Sanitation, dispensaries and jails vaccination Rajputana 1922-1927 - 1922-1927
Year: 1922
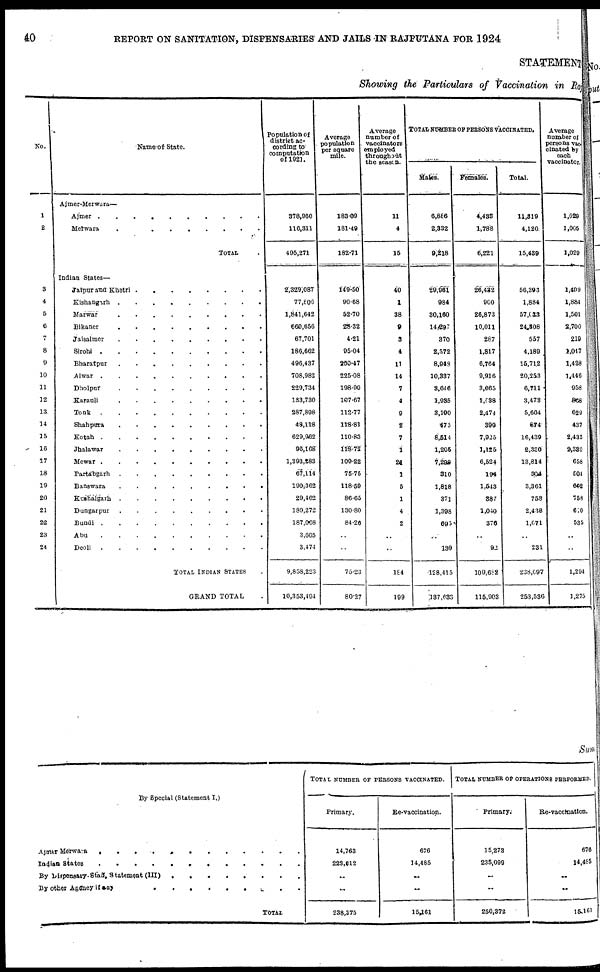
40
REPORT ON SANITATION, DISPENSARIES AND JAILS IN RAJPUTANA FOR 1924
STATEMENT
Showing the Particulars of Vaccination in Raj
No.
1
2
3
4
5
6
7
8
9
10
11
12
13
14
15
16
17
18
19
20
21
22
23
24
Name of State.
Ajmer-Merwara—
Ajmer. . . . . . . . . .
Merwara . . . . . . . .
TOTAL .
Indian States—
Jaipur and Khetri .
.
.
.
.
.
.
.
Kishangarh . . . . . . . . . .
Marwar . . . . . . . . .
Bikaner . . . . . . . . .
Jaisalmer . . . . . . . . . .
Sirohi . . . . . . . . .
Bharatpur . . . . . . . . .
Alwar . . . . . . . . . .
Dholpur . . . . . . . .
Karauli . . . . . . . . .
Tonk . . . . . . . . .
Shahpura . . . . . . . . .
Kotah . . . . . . . . .
Jhalawar . . . . . . . . .
Mewar . . . . . . . . .
Parthbgarh . . . . . . . . . . . .
Banswara . . . . . . . . . .
Kushalgarh . . . . . . . . ..
Dungarpur . . . . . . . . . . . . .
Bundi . . . . . . . . . . .
Abu . . . . . . . . .
Deoli . . . . . . . . .
TOTAL INDIAN STATES .
GRAND TOTAL .
Population of
district ac-
cording to
computation
of 1921.
378,960
116,311
495,271
2,329,087
77,806
1,841,642
660,656
67,701
186,662
496,437
708,982
229,734
133,730
287,898
48,118
629,962
96,168
1,393,283
67,114
190,362
29,462
189,272
187,068
3,605
3,474
9,858,223
10,353,494
Average
population
per square
mile.
183.09
181.49
182.71
149.50
90.68
52.70
28.32
4.21
95.04
230.47
225.08
198.90
107.67
112.77
118.81
110.83
118.72
109.22
75.75
118.59
86.65
130.80
84.26
..
..
75.23
80.27
Average
number of
vaccinators
employed
throughout
the season.
11
4
15
40
1
38
9
3
4
11
14
7
4
9
2
7
1
24
1
5
1
4
2
..
..
184
199
TOTAL NUMBER OF PERSONS VACCINATED.
Males.
6,886
2,332
9,218
29,961
984
30,160
14,297
370
2,372
8,948
10,337
3,646
1,935
3,190
475
8,514
1,205
7,299
310
1,818
371
1,398
695
..
139
128,415
137,633
Females.
4,433
1,788
6,221
26,432
900
26,873
10,011
287
1,817
6,764
9,916
3,065
1,538
2,474
399
7,925
1,125
6,524
194
1,543
387
1,040
376
..
92
100,682
115,903
Total.
11,819
4,120
15,439
56,393
1,884
57,033
24,308
557
4,189
15,712
20,253
6,711
3,473
5,664
874
16,439
2,330
13,814
504
3,361
758
2,438
1,071
..
231
238,097
253,536
Average
number of
persons vac-
cinated by
each
vaccinator.
1,029
1,005
1,029
1,409
1,884
1,501
2,700
219
1,047
1,428
1,446
958
868
629
437
2,435
2,330
658
504
652
758
610
535
..
..
1,294
1,275
Sum
By Special (Statement I.)
Ajmer Merwara
.
.
.
.
.
.
.
.
.
.
.
.
Indian States . . . . . . . . . . . . . .
By Dispensary Staff, Statement(III) . . . . . . . .
By other Agency if any
.
.
.
. . . . . . . .
TOTAL
TOTAL NUMBER OF PERSONS VACCINATED.
Primary.
14,763
223,612
..
..
238,375
Re-vaccination.
676
14,485
..
..
15,161
TOTAL NUMBER OF OPERATIONS PERFORMED.
Primary.
15,273
235,099
..
..
250,372
Re-vaccination.
676
14,485
..
..
15,161